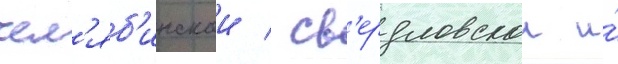
чел'яб'инскои / св'ердловскои и́